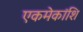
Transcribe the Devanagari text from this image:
एकमेकांशि